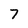
Character: 7